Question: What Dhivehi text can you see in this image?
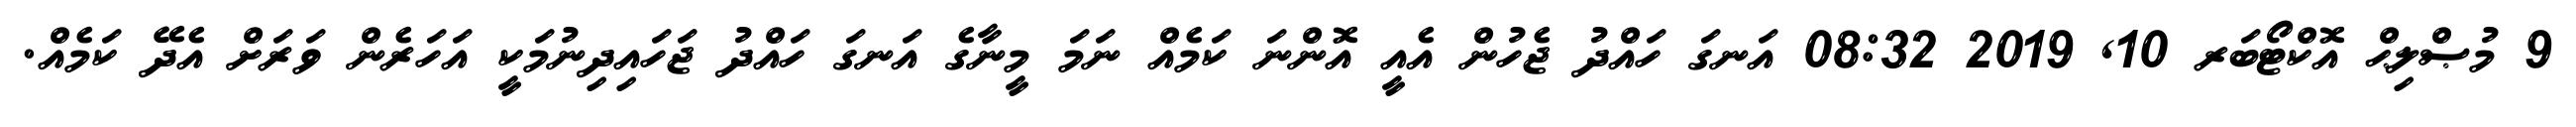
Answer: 9 މުޞްލިޙް އޮކްޓޯބަރ 10, 2019 08:32 އަނގަ ހައްދު ޖެހުން އެއީ އޮންނަ ކަމެއް ނަމަ މީނާގެ އަނގަ ހައްދު ޖަހައިދިނުމަކީ އަހަރެން ވަރަށް އެދޭ ކަމެއް.